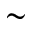
\sim